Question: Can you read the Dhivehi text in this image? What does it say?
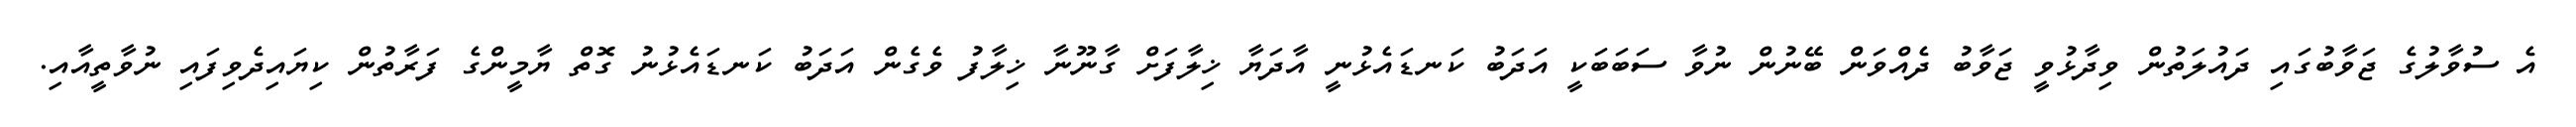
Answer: އެ ސުވާލުގެ ޖަވާބުގައި ދައުލަތުން ވިދާޅުވީ ޖަވާބު ދެއްވަން ބޭނުން ނުވާ ސަބަބަކީ އަދަބު ކަނޑައެޅުނީ އާދަޔާ ޚިލާފަށް ގާނޫނާ ޚިލާފު ވެގެން އަދަބު ކަނޑައެޅުނު ގޮތް ޔާމީންގެ ފަރާތުން ކިޔައިދެވިފައި ނުވާތީއާއި.